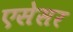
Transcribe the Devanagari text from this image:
एसेसर